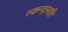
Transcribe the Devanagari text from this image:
स्कन्द्स्वति